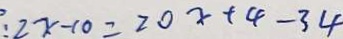
2 x - 1 0 = 2 0 x + 4 - 3 4